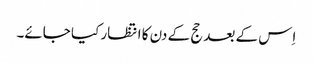
اِس کے بعد حج کے دن کا انتظار کیا جائے۔